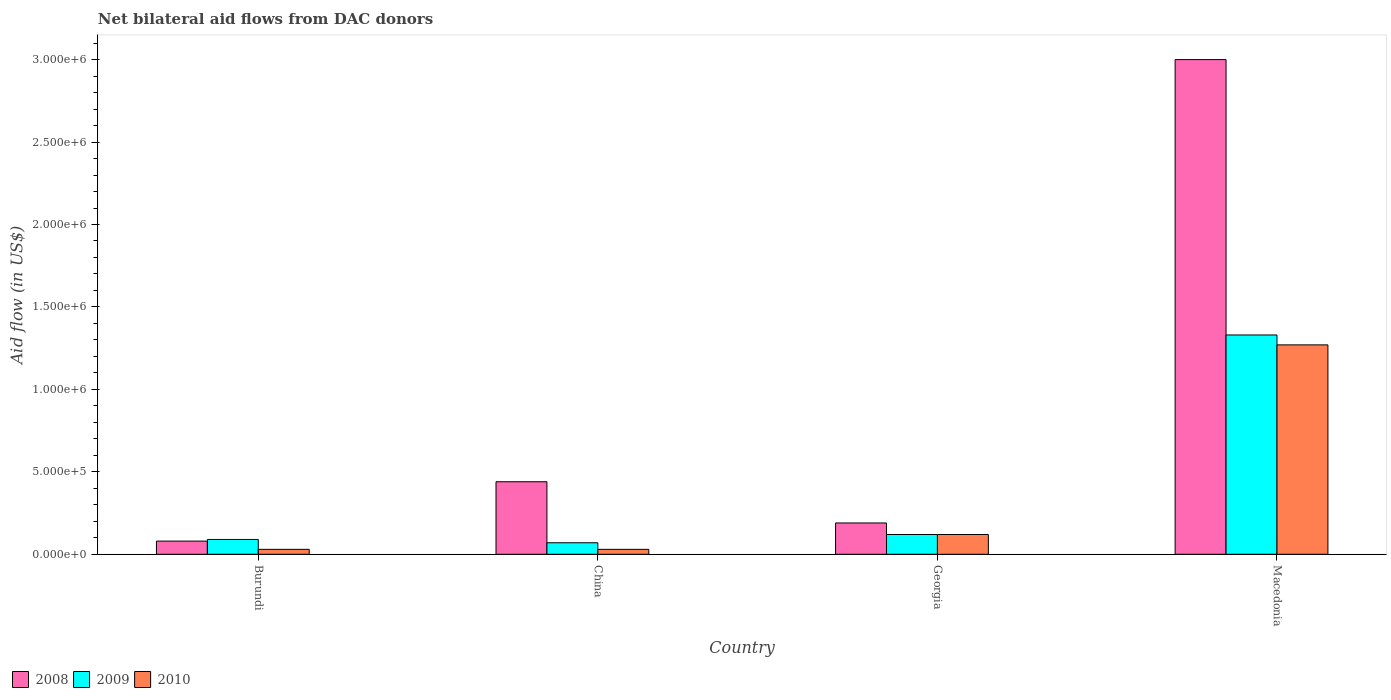
| Country | 2008 | 2009 | 2010 |
 | --- | --- | --- | --- |
 | Burundi | 8e+04 | 9e+04 | 3e+04 |
 | China | 4.4e+05 | 7e+04 | 3e+04 |
 | Georgia | 1.9e+05 | 1.2e+05 | 1.2e+05 |
 | Macedonia | 3e+06 | 1.33e+06 | 1.27e+06 |